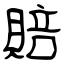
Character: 賠